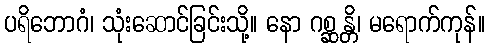
ပရိဘောဂံ၊ သုံးဆောင်ခြင်းသို့။ နော ဂစ္ဆန္တိ၊ မရောက်ကုန်။